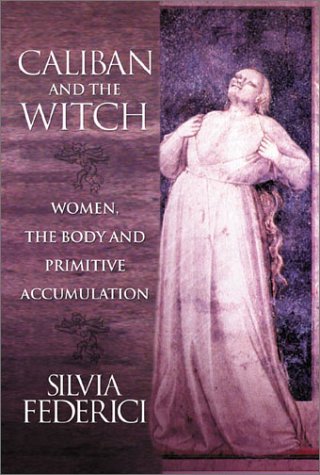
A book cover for Caliban and the Witch: Women, the Body and Primitive Accumulation; Silvia Federici; History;